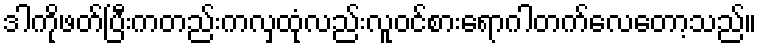
ဒါကိုဖတ်ပြီးကတည်းကလှထုံလည်းလူဝင်စားရောဂါတက်လေတော့သည်။